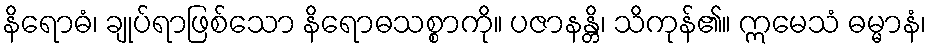
နိရောဓံ၊ ချုပ်ရာဖြစ်သော နိရောဓသစ္စာကို။ ပဇာနန္တိ၊ သိကုန်၏။ ဣမေသံ ဓမ္မာနံ၊